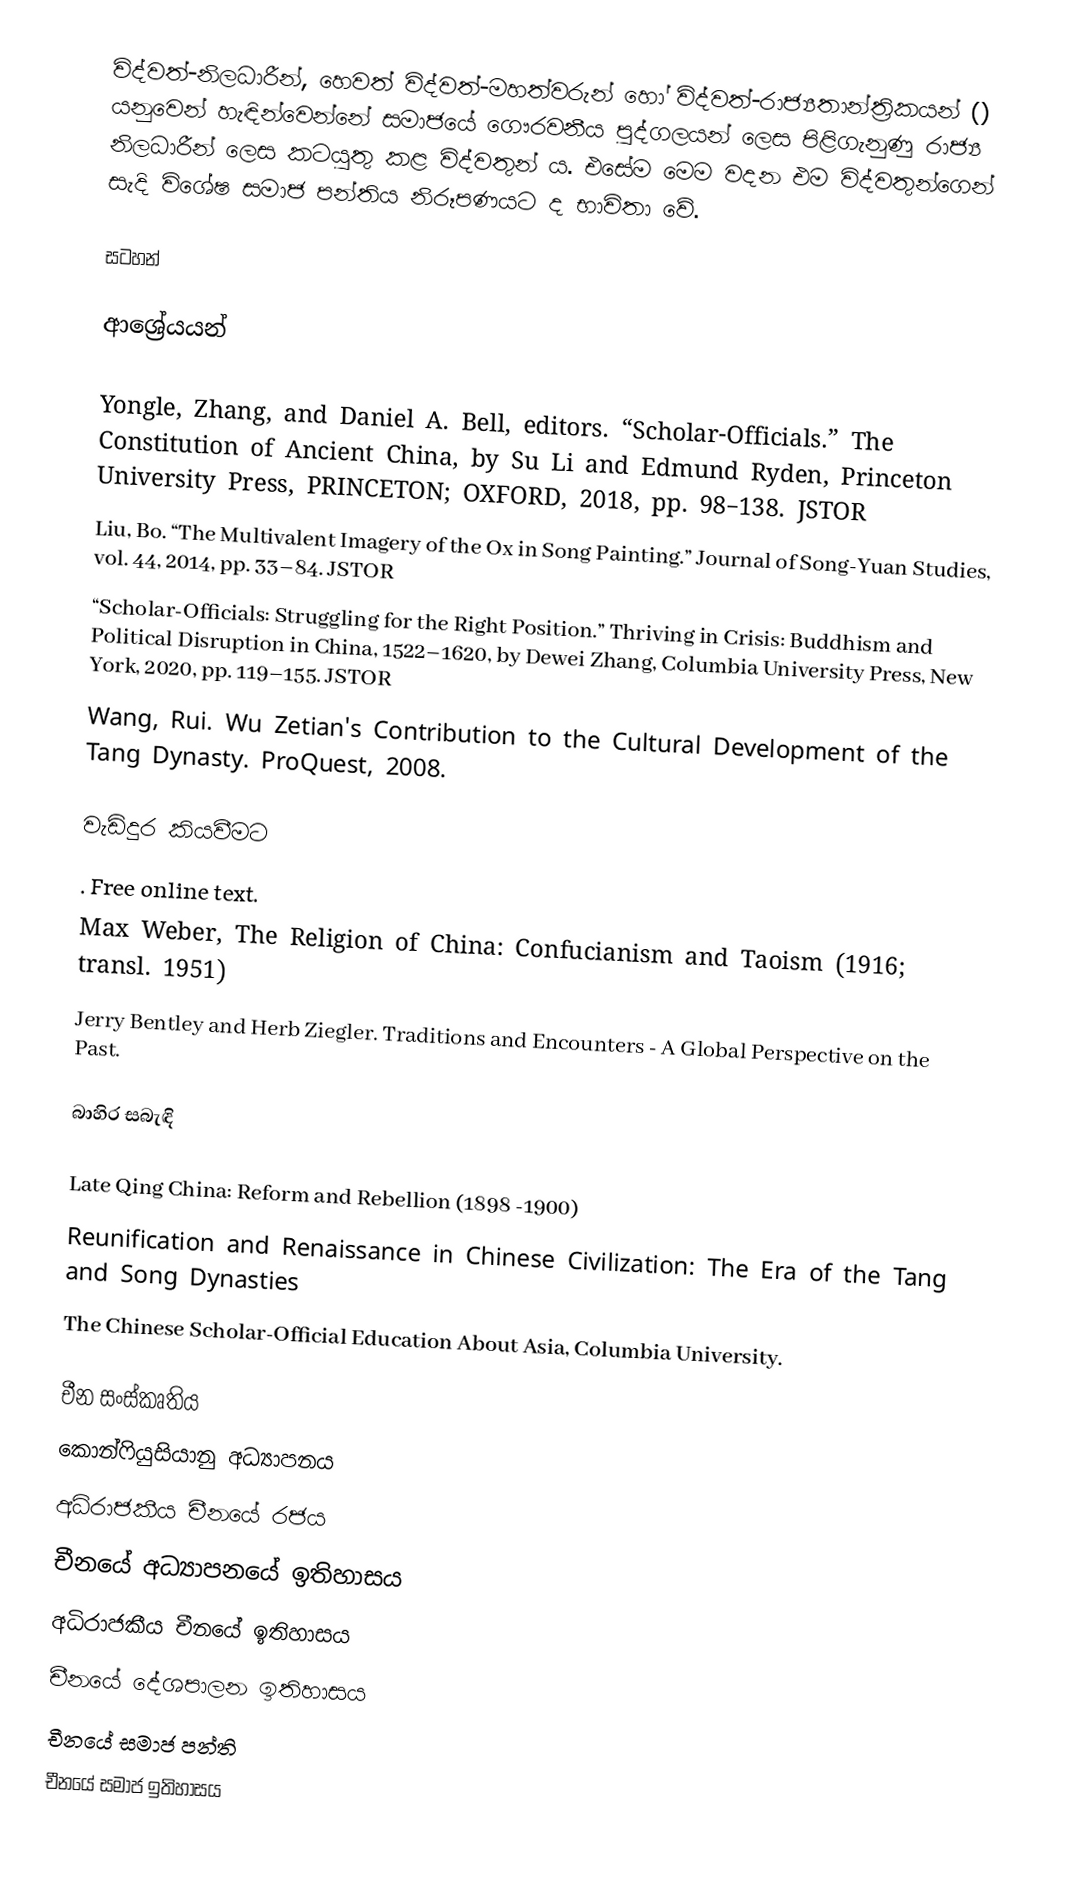
විද්වත්-නිලධාරීන්, හෙවත් විද්වත්-මහත්වරුන් හෝ විද්වත්-රාජ්‍යතාන්ත්‍රිකයන් () ‍යනුවෙන් හැඳින්වෙන්නේ සමාජයේ ගෞරවනීය පුද්ගලයන් ලෙස පිළිගැනුණු රාජ්‍ය නිලධාරීන් ලෙස කටයුතු කළ විද්වතුන් ය. එසේම මෙම වදන එම විද්වතුන්ගෙන් සැදි විශේෂ සමාජ පන්තිය නිරූපණයට ද භාවිතා වේ.

සටහන්

ආශ්‍රේයයන්

Yongle, Zhang, and Daniel A. Bell, editors. “Scholar-Officials.” The Constitution of Ancient China, by Su Li and Edmund Ryden, Princeton University Press, PRINCETON; OXFORD, 2018, pp. 98–138. JSTOR
Liu, Bo. “The Multivalent Imagery of the Ox in Song Painting.” Journal of Song-Yuan Studies, vol. 44, 2014, pp. 33–84. JSTOR
“Scholar-Officials: Struggling for the Right Position.” Thriving in Crisis: Buddhism and Political Disruption in China, 1522–1620, by Dewei Zhang, Columbia University Press, New York, 2020, pp. 119–155. JSTOR
Wang, Rui. Wu Zetian's Contribution to the Cultural Development of the Tang Dynasty. ProQuest, 2008.

වැඩිදුර කියවීමට
. Free online text.
 Max Weber, The Religion of China: Confucianism and Taoism (1916; transl. 1951)
Jerry Bentley and Herb Ziegler. Traditions and Encounters - A Global Perspective on the Past.

බාහිර සබැඳි

Late Qing China: Reform and Rebellion (1898 -1900)
 Reunification and Renaissance in Chinese Civilization: The Era of the Tang and Song Dynasties
 The Chinese Scholar-Official Education About Asia, Columbia University.

චීන සංස්කෘතිය
කොන්ෆියුසියානු අධ්‍යාපනය
අධිරාජකීය චීනයේ රජය
චීනයේ අධ්‍යාපනයේ ඉතිහාසය
අධිරාජකීය චීනයේ ඉතිහාසය
චීනයේ දේශපාලන ඉතිහාසය
චීනයේ සමාජ පන්ති
චීනයේ සමාජ ඉතිහාසය